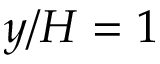
y / H = 1